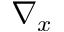
\nabla _ { x }